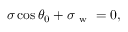
\sigma \cos \theta _ { 0 } + \sigma _ { \mathrm { ~ w ~ } } = 0 ,